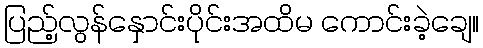
ပြည့်လွန်နှောင်းပိုင်းအထိမ ကောင်းခဲ့ချေ။